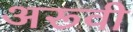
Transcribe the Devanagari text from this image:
अरूवी